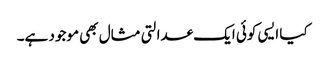
کیا ایسی کوئی ایک عدالتی مثال بھی موجود ہے۔